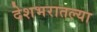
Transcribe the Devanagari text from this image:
देशभरातल्या